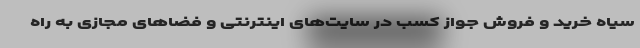
سیاه خرید و فروش جواز کسب در سایت‌های اینترنتی و فضاهای مجازی به راه